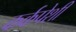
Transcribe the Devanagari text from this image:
कर्कपेशी